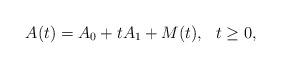
LaTeX: \begin{align*}A(t) = A_0 + t A_1 + M(t), \ \ t\ge0,\end{align*}